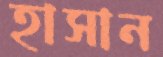
হাসান